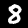
Label: 8